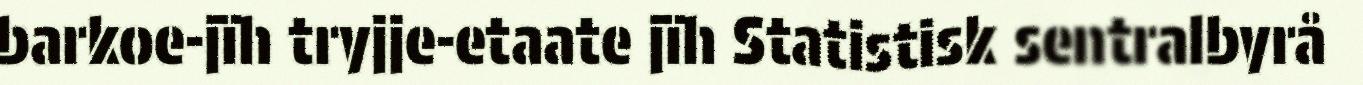
barkoe-jïh tryjje-etaate jïh Statistisk sentralbyrå